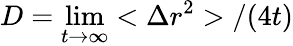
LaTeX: \textit{D}=\operatorname*{lim}_{t\to\infty}<\Delta r^{2}>/(4t)